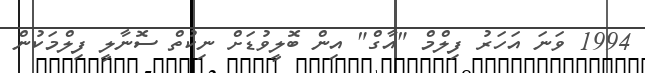
1994 ވަނަ އަހަރު ފިލްމް "އާގް" އިން ބޮލީވުޑަށް ނިކުތް ސޮނާލީ ފިލްމަކުން